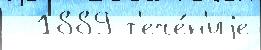
  1889 т'ече́н'иjе